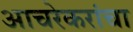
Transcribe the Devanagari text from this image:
आचरेकरांचा